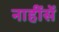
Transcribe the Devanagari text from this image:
नाहींसें